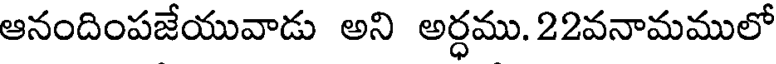
ఆనందింపజేయువాడు అని అర్ధము. 22వనామములో